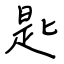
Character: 匙